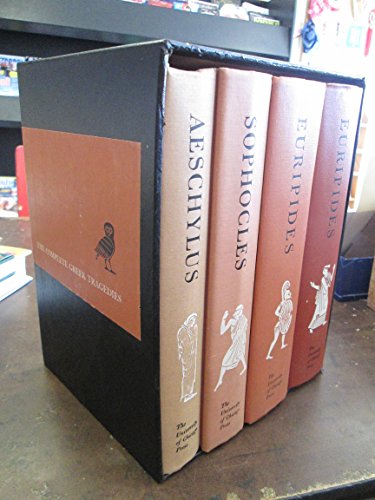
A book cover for The Complete Greek Tragedies, Volume I: Aeschylus; David and Richmond Lattimore (eds. Grene; Literature & Fiction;